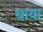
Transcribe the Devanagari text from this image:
धाया